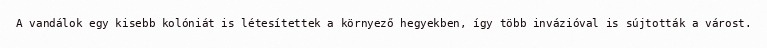
A vandálok egy kisebb kolóniát is létesítettek a környező hegyekben, így több invázióval is sújtották a várost.